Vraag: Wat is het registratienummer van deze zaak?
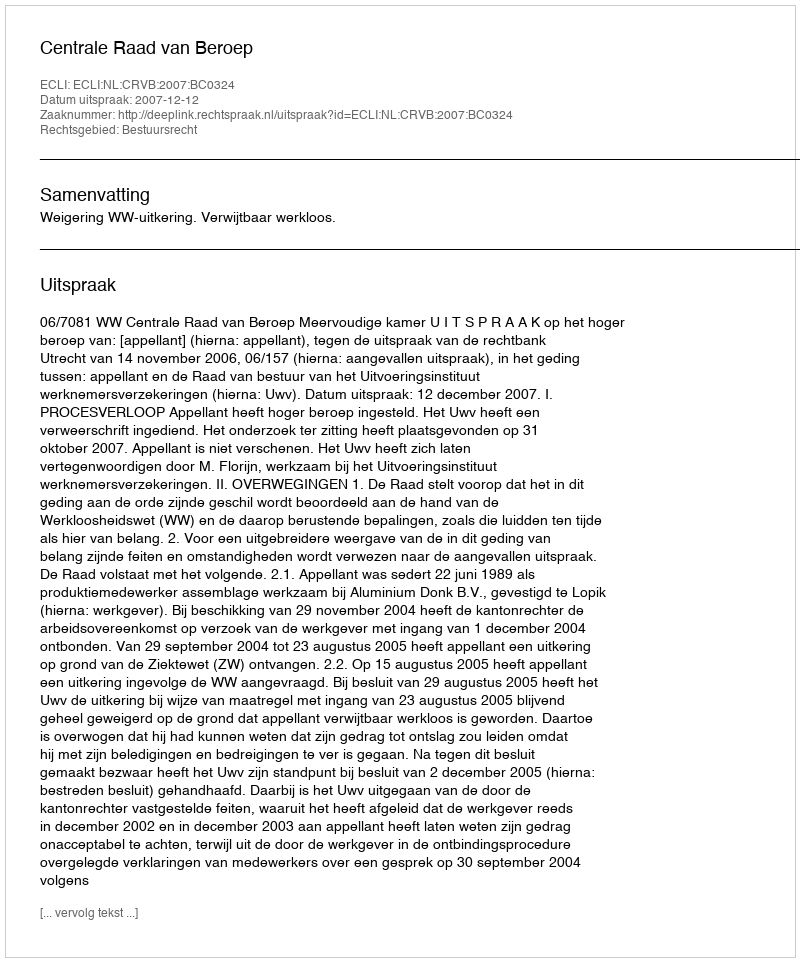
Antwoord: http://deeplink.rechtspraak.nl/uitspraak?id=ECLI:NL:CRVB:2007:BC0324